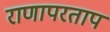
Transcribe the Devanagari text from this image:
राणापरताप